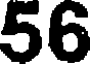
56